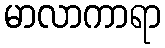
မာလာကာရာ